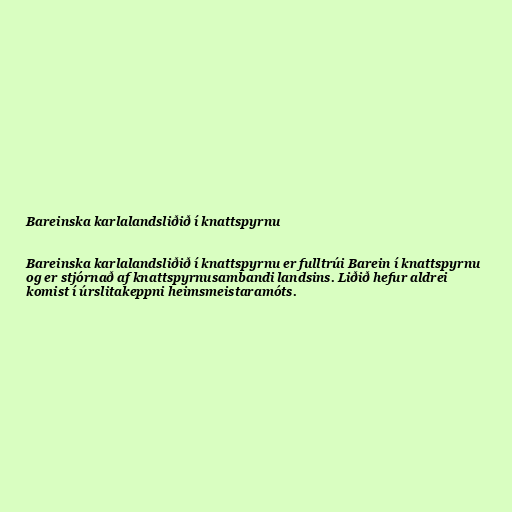
Bareinska karlalandsliðið í knattspyrnu

Bareinska karlalandsliðið í knattspyrnu er fulltrúi Barein í knattspyrnu
og er stjórnað af knattspyrnusambandi landsins. Liðið hefur aldrei
komist í úrslitakeppni heimsmeistaramóts.